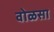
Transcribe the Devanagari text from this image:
वोळसा